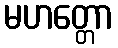
မဟတ္တော